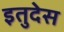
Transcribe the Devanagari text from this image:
इतुदेस